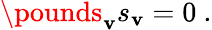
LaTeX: \pounds_{\mathbf{v}}s_{\mathbf{v}}=0\ .